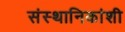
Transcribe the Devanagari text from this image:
संस्थानिकांशी